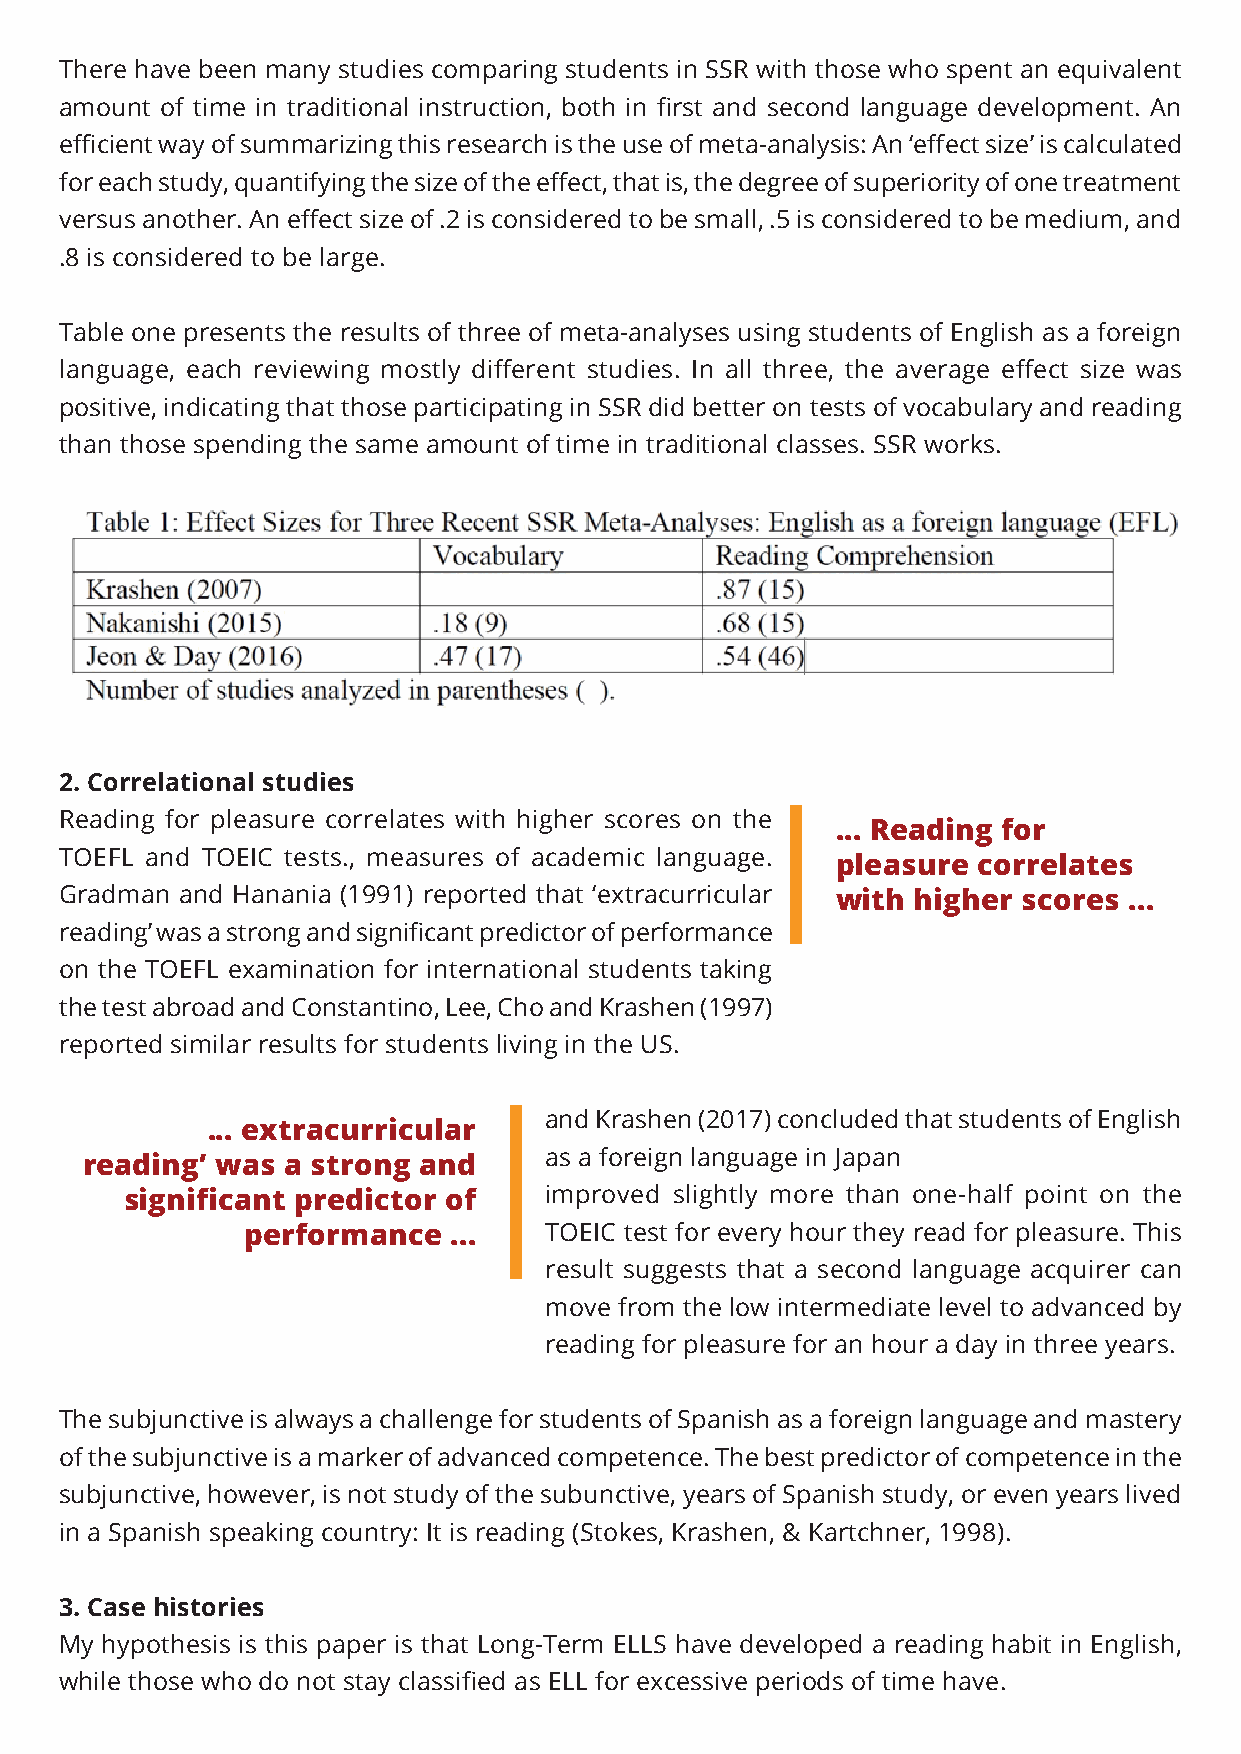
There have been many studies comparing students in SSR with those who spent an equivalent
 amount of time in traditional instruction, both in first and second language development. An
 efficient way of summarizing this research is the use of meta-analysis: An ‘effect size’ is calculated
 for each study, quantifying the size of the effect, that is, the degree of superiority of one treatment
 versus another. An effect size of .2 is considered to be small, .5 is considered to be medium, and
 .8 is considered to be large.
 Table one presents the results of three of meta-analyses using students of English as a foreign
 language, each reviewing mostly different studies. In all three, the average effect size was
 positive, indicating that those participating in SSR did better on tests of vocabulary and reading
 than those spending the same amount of time in traditional classes. SSR works.
 2. Correlational studies
 Reading for pleasure correlates with higher scores on the
 ... Reading for
 TOEFL and TOEIC tests., measures of academic language.
 pleasure  correlates
 Gradman and Hanania (1991) reported that ‘extracurricular with higher scores ...
 reading’ was a strong and significant predictor of performance
 on the TOEFL examination for international students taking
 the test abroad and Constantino, Lee, Cho and Krashen (1997)
 reported similar results for students living in the US.
 and Krashen (2017) concluded that students of English
 ... extracurricular
 as a foreign language in Japan
 reading’ was  a strong and
 significant predictor of    improved slightly more than one-half point on the
 performance   ...   TOEIC test for every hour they read for pleasure. This
 result suggests that a second language acquirer can
 move from the low intermediate level to advanced by
 reading for pleasure for an hour a day in three years.
 The subjunctive is always a challenge for students of Spanish as a foreign language and mastery
 of the subjunctive is a marker of advanced competence. The best predictor of competence in the
 subjunctive, however, is not study of the subunctive, years of Spanish study, or even years lived
 in a Spanish speaking country: It is reading (Stokes, Krashen, & Kartchner, 1998).
 3. Case histories
 My hypothesis is this paper is that Long-Term ELLS have developed a reading habit in English,
 while those who do not stay classified as ELL for excessive periods of time have.